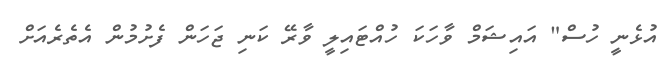
އުޅެނީ ހުސް" އައިޝަމް ވާހަކަ ހުއްޓައިލީ ވާރޭ ކަނި ޖަހަން ފެށުމުން އެތެރެއަށް